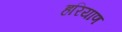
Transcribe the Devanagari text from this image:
हरियाण